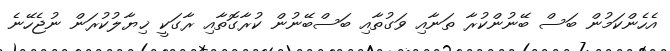
އެހެންކަމުން ބަސް ބޭނުންކުރާ ތަނާއި ވަގުތާއި ބަސްބޭނުން ކުރާގޮތާއި ރާގަކީ ޚިޔާލުކުރަން ނުޖެހޭނެ